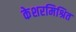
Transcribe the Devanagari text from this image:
केशरमिश्रित